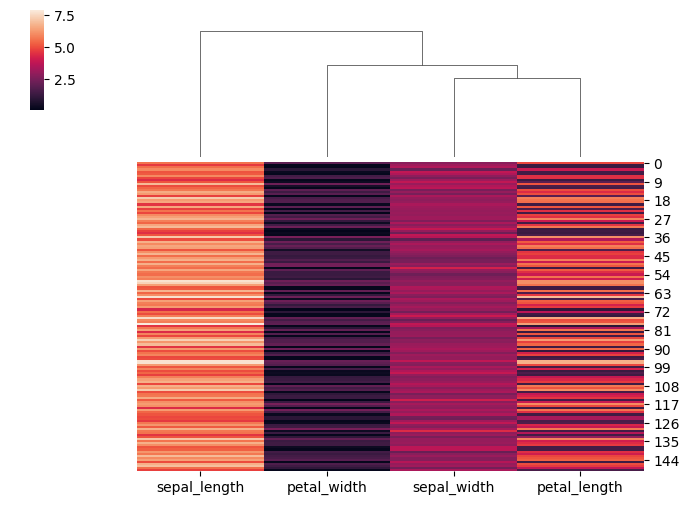
python, seaborn, clustermap, figsize=(7, 5), row_cluster=False, dendrogram_ratio=(0.2, 0.3), cbar_pos=(0.05, 0.8, 0.02, 0.2)